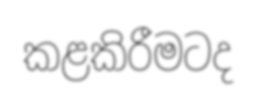
කළකිරීමටද